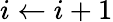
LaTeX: i\leftarrow i+1